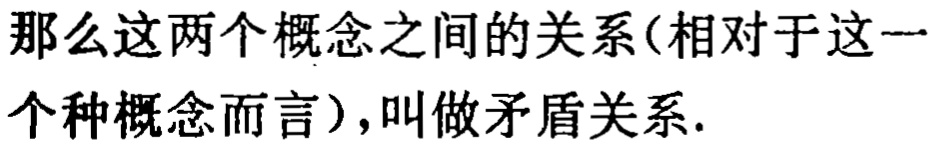
那么这两个概念之间的关系(相对于这一个种概念而言),叫做矛盾关系.